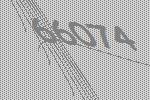
66074